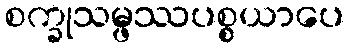
စက္ခုသမ္ဖဿပစ္စယာပေ